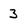
Character: 3